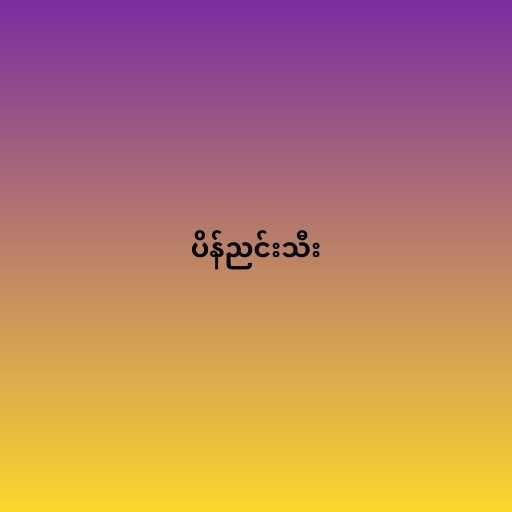
ပိန်ညင်းသီး